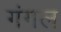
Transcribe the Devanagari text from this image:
गंगल